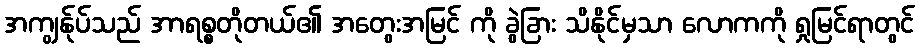
အကျွန်ုပ်သည် အာရစ္စတိုတယ်၏ အတွေးအမြင် ကို ခွဲခြား သိနိုင်မှသာ လောကကို ရှုမြင်ရာတွင်